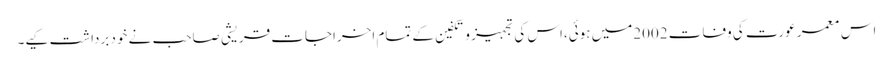
اس معمر عورت کی وفات 2002میں ہوئی،اس کی تجہیز و تکفین کے تمام اخراجات قریشی صاحب نے خود برداشت کیے۔